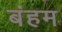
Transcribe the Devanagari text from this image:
बंहम